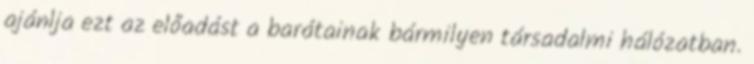
ajánlja ezt az előadást a barátainak bármilyen társadalmi hálózatban.